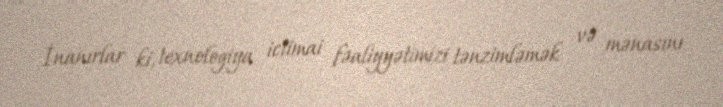
İnanırlar ki, texnologiya ictimai fəaliyyətimizi tənzimləmək və mənasını